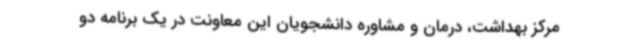
مرکز بهداشت، درمان و مشاوره‌ دانشجویان این معاونت در یک برنامه دو